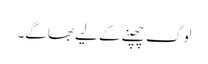
لوگ چھپنے کے لیے بھاگے۔